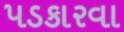
પડકારવા